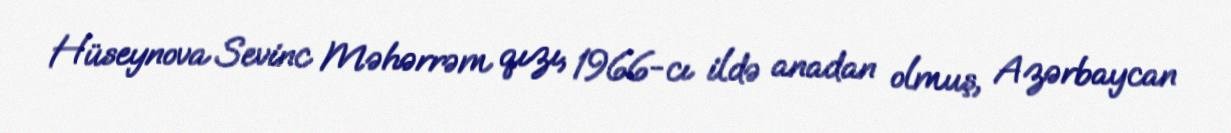
Hüseynova Sevinc Məhərrəm qızı, 1966-cı ildə anadan olmuş, Azərbaycan